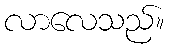
လာလေသည်။